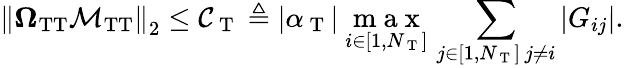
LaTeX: \left\Vert\mathbf{\Omega}_{\mathrm{TT}}\mathbf{\mathcal{M}}_{\mathrm{TT}}\right\Vert_{2}\leq\mathcal{C}_{\mathrm{~T~}}\triangleq|\alpha_{\mathrm{~T~}}|\ \underset{i\in[1,N_{\mathrm{~T~}}]}{\mathrm{~m~a~x~}}\, \sum_{\substack{j\in[1,N_{\mathrm{~T~}}]\, j\neq i}}|G_{ij}|.